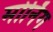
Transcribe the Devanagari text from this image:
मोर्निग